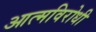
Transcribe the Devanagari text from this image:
आत्मविरोधी